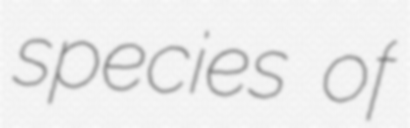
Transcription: species of